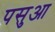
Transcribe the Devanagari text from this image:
पसुआ